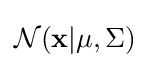
{\mathcal {N}}(\mathbf {x} |\mu ,\Sigma )